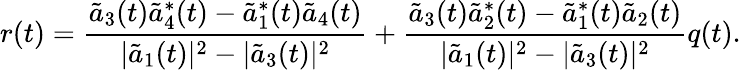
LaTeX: r(t)=\frac{\tilde{a}_{3}(t)\tilde{a}_{4}^{*}(t)-\tilde{a}_{1}^{*}(t)\tilde{a}_{4}(t)}{|\tilde{a}_{1}(t)|^{2}-|\tilde{a}_{3}(t)|^{2}}+\frac{\tilde{a}_{3}(t)\tilde{a}_{2}^{*}(t)-\tilde{a}_{1}^{*}(t)\tilde{a}_{2}(t)}{|\tilde{a}_{1}(t)|^{2}-|\tilde{a}_{3}(t)|^{2}}q(t).